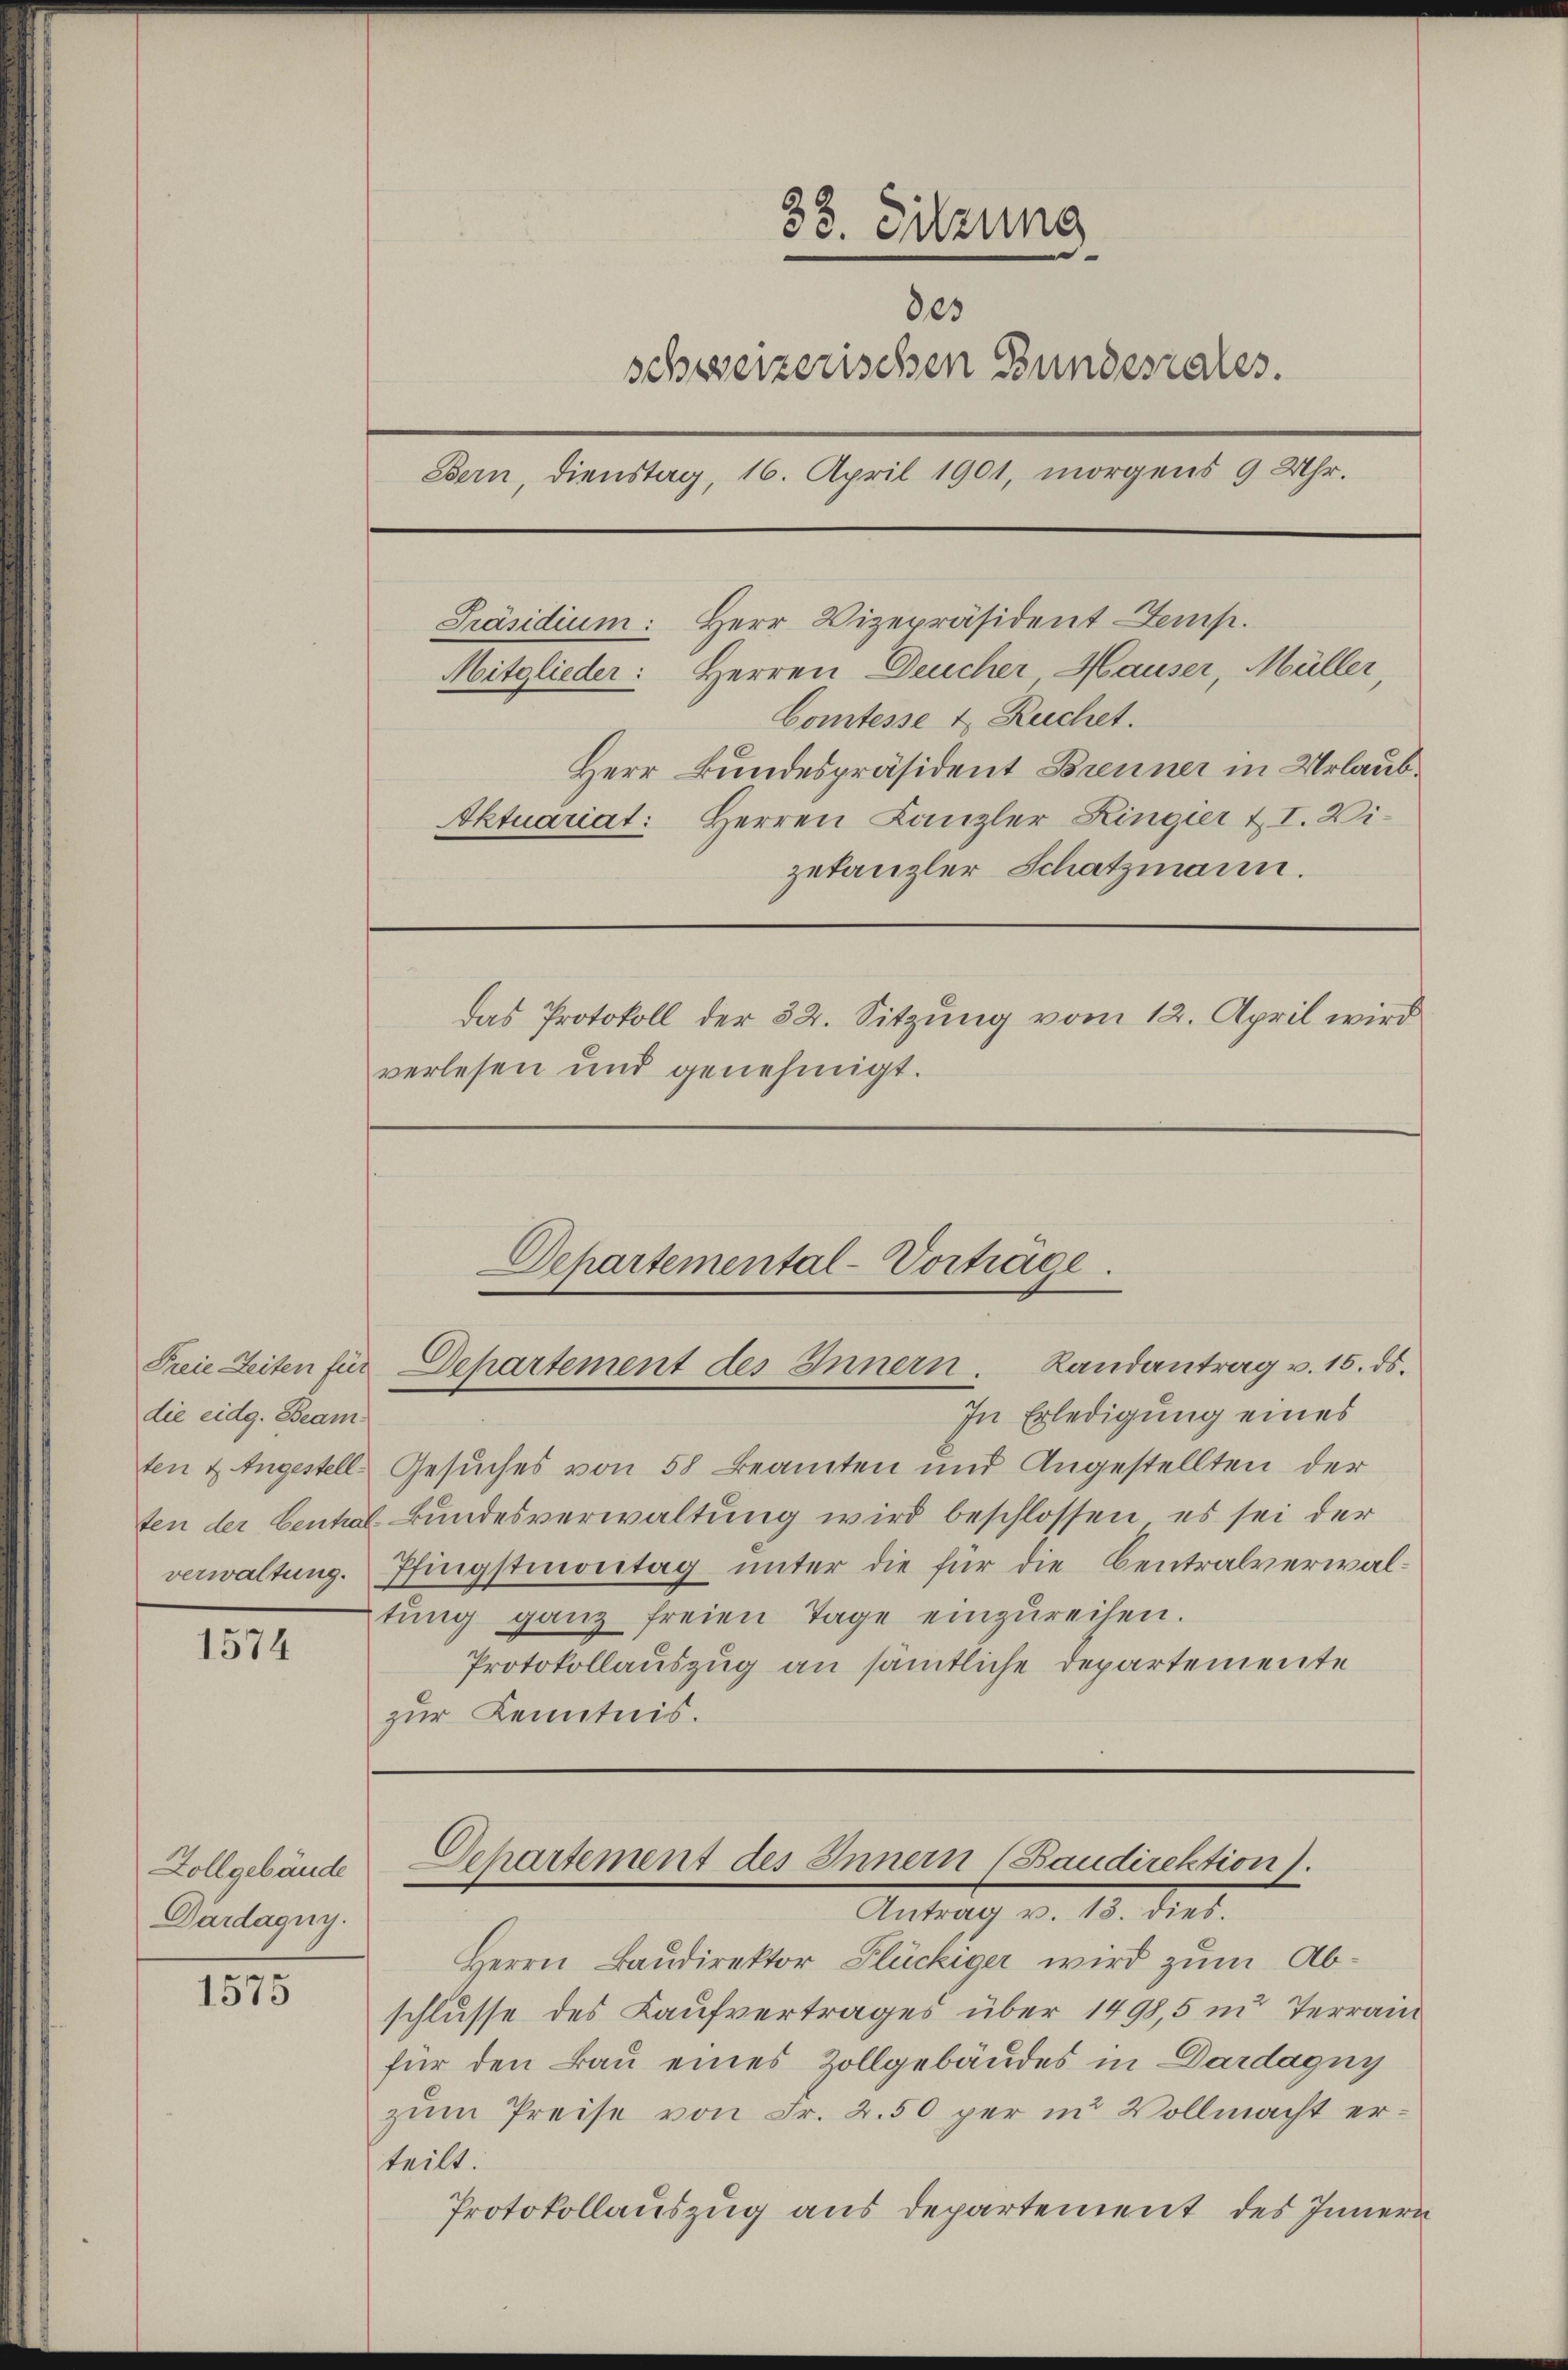
die eidg. Beam

1574

Zollgebäude
Dardagny.

1575

33. Sitzung
des
schweizerischen Bundesrates.
Bern, dienstag, 16. April 1901, morgens 9 Uhr.
Präsidium: Herr Vizepräsident Zemp.
Mitglieder: Herren Deucher Hauser, Müller
Comtesse & Ruchet.
Herr Bundespräsident Brenner in Urlaub¬
Oktuariat: Herren Kanzler Lingier u. I. Wizetanzler Schatzmann.
das Protokoll der 32. Sitzung vom 12. April wird
verlesen und genehmigt.

Departemental-Vortrage.
Freie Zeiten für Departement des Innern. Landantrag v. 15. ds.

Departement des Innern (Baudirektion).
Antrag d. 13. ds.

In Erledigung eines
ten & Angestelle Gesuches von 58 Beamten und Angestellten der
ten der Cential Bundesverwaltung wird beschlossen, es sei der
verwaltung. Pfingstmontag unter die für die Centralverwaltŭng ganz freien Tage einzŭreihen.
Protokollauszug an sämtliche Departemente
zur Kenntnis.

Herrn Baudirektor Flückiger wird zum Abschlusse des Kaufvertrages über 1498,5 in Terrain
für den Bau eines Zollgebäudes in Dardagny
zŭm Preise von Fr. 2.50 per in Vollmacht erteilt.
Protokollauszug aus departement des Innern